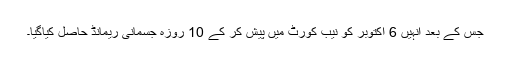
جس کے بعد انہیں 6 اکتوبر کو نیب کورٹ میں پیش کر کے 10 روزہ جسمانی ریمانڈ حاصل کیاگیا۔